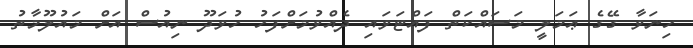
ހިނަވާ ގޭގެ ޢަމަލީ މަސައްކަތް ފައްޓަވައި ދެއްވުމަށްފަހު ހުވަދޫ ނިއުސް އަށް މައުލޫމާތު